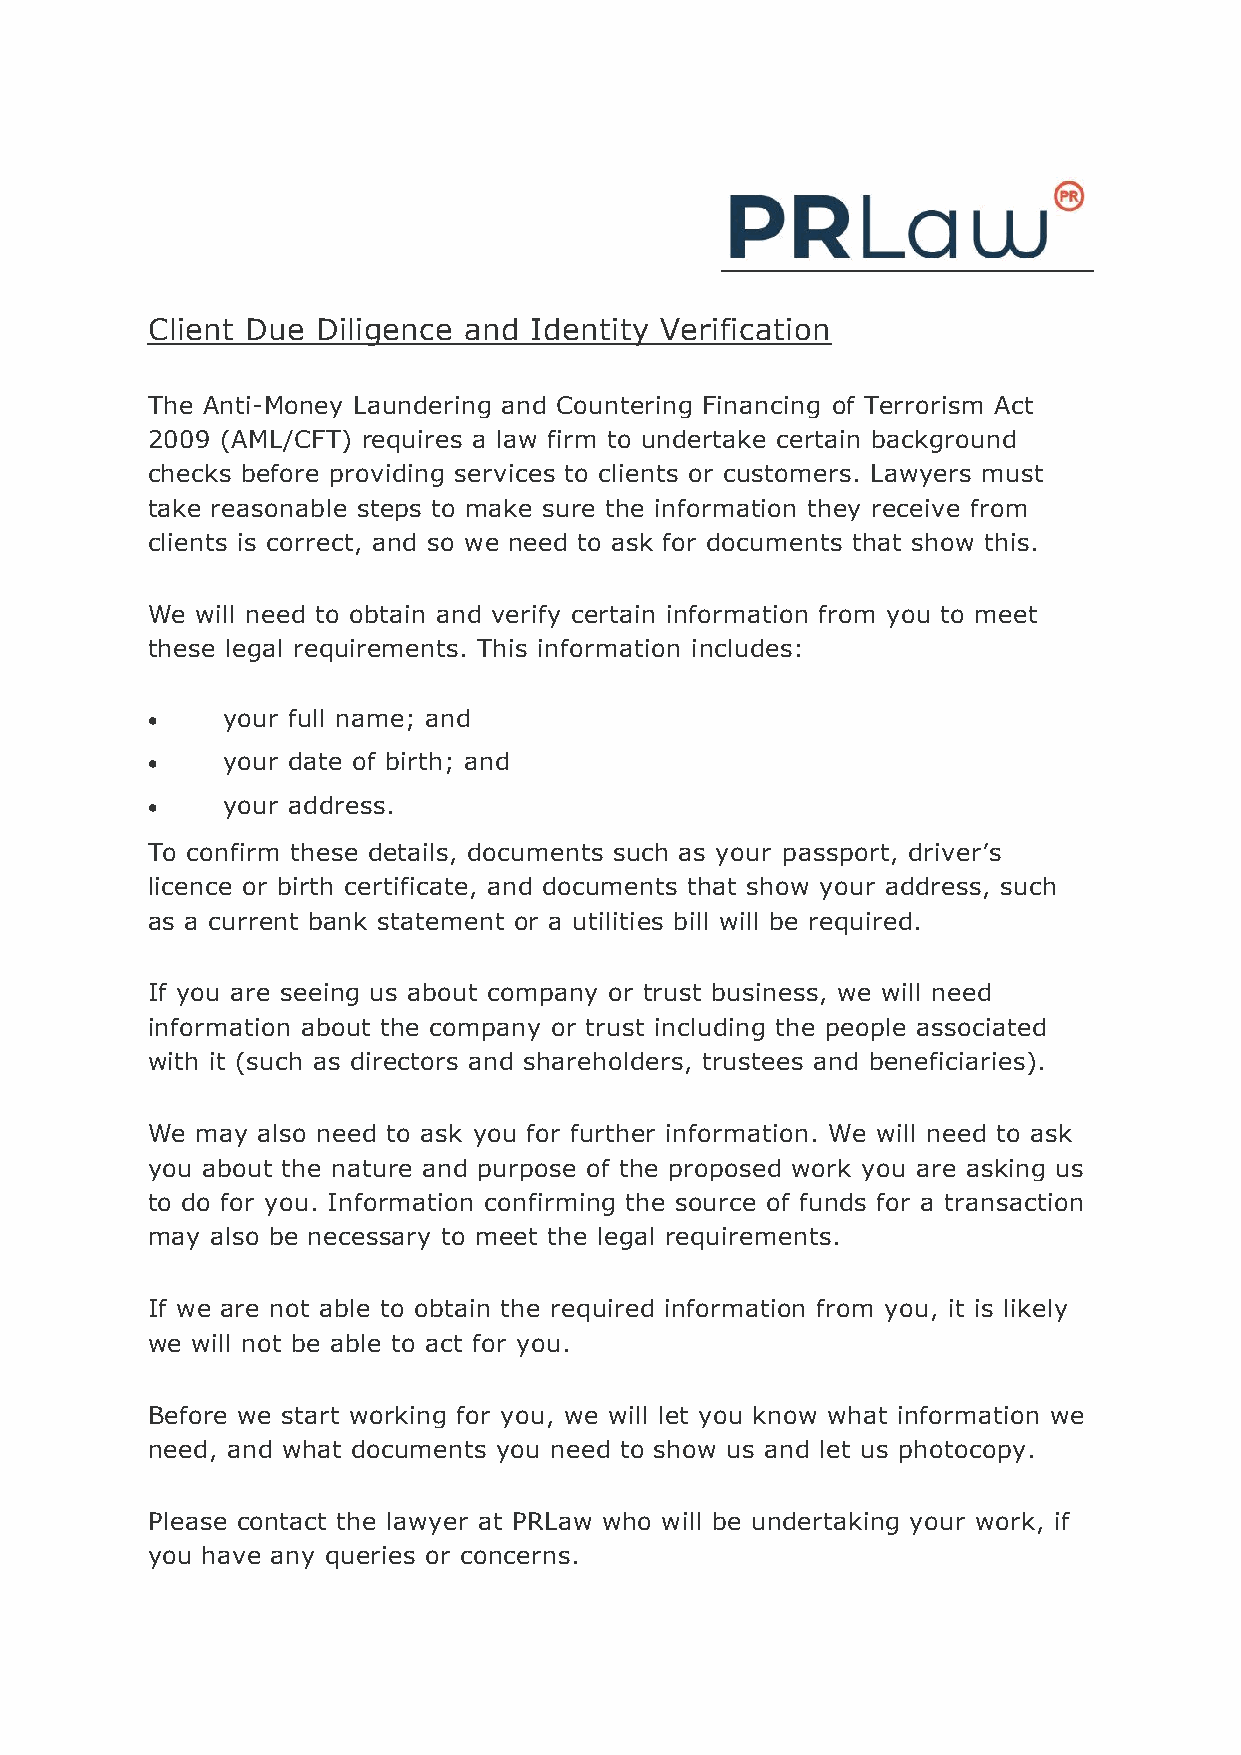
Client Due Diligence and Identity Verification
 The Anti-Money Laundering and Countering Financing of Terrorism Act
 2009 (AML/CFT) requires a law firm to undertake certain background
 checks before providing services to clients or customers. Lawyers must
 take reasonable steps to make sure the information they receive from
 clients is correct, and so we need to ask for documents that show this.
 We will need to obtain and verify certain information from you to meet
 these legal requirements. This information includes:
     your full name; and
     your date of birth; and
     your address.
 To confirm these details, documents such as your passport, driver’s
 licence or birth certificate, and documents that show your address, such
 as a current bank statement or a utilities bill will be required.
 If you are seeing us about company or trust business, we will need
 information about the company or trust including the people associated
 with it (such as directors and shareholders, trustees and beneficiaries).
 We may also need to ask you for further information. We will need to ask
 you about the nature and purpose of the proposed work you are asking us
 to do for you. Information confirming the source of funds for a transaction
 may also be necessary to meet the legal requirements.
 If we are not able to obtain the required information from you, it is likely
 we will not be able to act for you.
 Before we start working for you, we will let you know what information we
 need, and what documents you need to show us and let us photocopy.
 Please contact the lawyer at PRLaw who will be undertaking your work, if
 you have any queries or concerns.